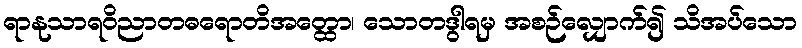
ရာနုသာရဝိညာတဓရောတိအတ္ထော၊ သောတဒွါရမှ အစဉ်လျှောက်၍ သိအပ်သော